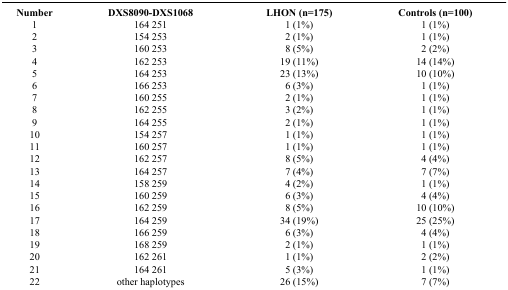
| Number | DXS8090-DXS1068 | LHON (n=175) | Controls (n=100) |
 | --- | --- | --- | --- |
 | 1 | 164 251 | 1 (1%) | 1 (1%) |
 | 2 | 154 253 | 2 (1%) | 1 (1%) |
 | 3 | 160 253 | 8 (5%) | 2 (2%) |
 | 4 | 162 253 | 19 (11%) | 14 (14%) |
 | 5 | 164 253 | 23 (13%) | 10 (10%) |
 | 6 | 166 253 | 6 (3%) | 1 (1%) |
 | 7 | 160 255 | 2 (1%) | 1 (1%) |
 | 8 | 162 255 | 3 (2%) | 1 (1%) |
 | 9 | 164 255 | 2 (1%) | 1 (1%) |
 | 10 | 154 257 | 1 (1%) | 1 (1%) |
 | 11 | 160 257 | 1 (1%) | 1 (1%) |
 | 12 | 162 257 | 8 (5%) | 4 (4%) |
 | 13 | 164 257 | 7 (4%) | 7 (7%) |
 | 14 | 158 259 | 4 (2%) | 1 (1%) |
 | 15 | 160 259 | 6 (3%) | 4 (4%) |
 | 16 | 162 259 | 8 (5%) | 10 (10%) |
 | 17 | 164 259 | 34 (19%) | 25 (25%) |
 | 18 | 166 259 | 6 (3%) | 4 (4%) |
 | 19 | 168 259 | 2 (1%) | 1 (1%) |
 | 20 | 162 261 | 1 (1%) | 2 (2%) |
 | 21 | 164 261 | 5 (3%) | 1 (1%) |
 | 22 | other haplotypes | 26 (15%) | 7 (7%) |